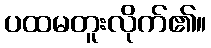
ပထမတူးလိုက်၏။